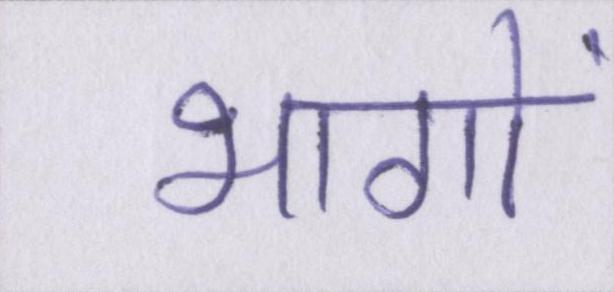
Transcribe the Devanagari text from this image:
भागों